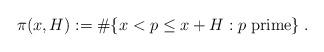
LaTeX: \begin{align*}\pi(x,H):=\#\{x<p\leq x+H: p\;{\rm prime}\}\;.\end{align*}